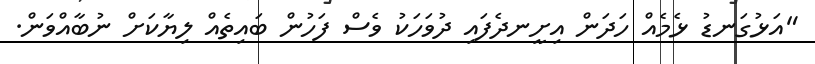
"އަޅުގަނޑު ޅެމެއް ހަދަން އިށީނދެފައި ދުވަހަކު ވެސް ފަހުން ބައިތެއް ލިޔާކަށް ނުބާއްވަން.